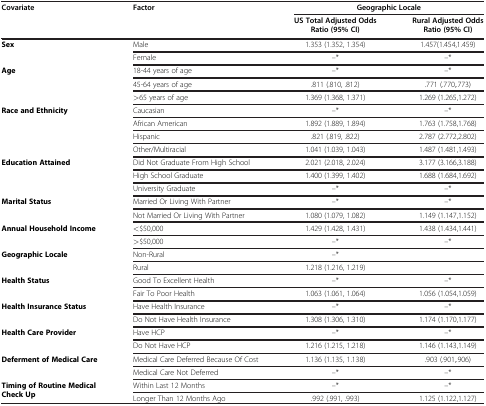
<table><thead><tr><td><b>Covariate</b></td><td><b>Factor</b></td><td><b>Geographic Locale</b></td><td><b> </b></td></tr><tr><td><b> </b></td><td><b> </b></td><td><b>US Total Adjusted Odds Ratio (95% CI)</b></td><td><b>Rural Adjusted Odds Ratio (95% CI)</b></td></tr></thead><tbody><tr><td><b>Sex</b></td><td>Male</td><td>1.353 (1.352, 1.354)</td><td>1.457(1.454,1.459)</td></tr><tr><td> </td><td>Female</td><td>--*</td><td>--*</td></tr><tr><td><b>Age</b></td><td>18-44 years of age</td><td>--*</td><td>--*</td></tr><tr><td> </td><td>45-64 years of age</td><td>.811 (.810, .812)</td><td>.771 (.770,.773)</td></tr><tr><td> </td><td><underline>&gt;</underline>65 years of age</td><td>1.369 (1.368, 1.371)</td><td>1.269 (1.265,1.272)</td></tr><tr><td><b>Race and Ethnicity</b></td><td>Caucasian</td><td>--*</td><td>--*</td></tr><tr><td> </td><td>African American</td><td>1.892 (1.889, 1.894)</td><td>1.763 (1.758,1.768)</td></tr><tr><td> </td><td>Hispanic</td><td>.821 (.819, .822)</td><td>2.787 (2.772,2.802)</td></tr><tr><td> </td><td>Other/Multiracial</td><td>1.041 (1.039, 1.043)</td><td>1.487 (1.481,1.493)</td></tr><tr><td><b>Education Attained</b></td><td>Did Not Graduate From High School</td><td>2.021 (2.018, 2.024)</td><td>3.177 (3.166,3.188)</td></tr><tr><td> </td><td>High School Graduate</td><td>1.400 (1.399, 1.402)</td><td>1.688 (1.684,1.692)</td></tr><tr><td> </td><td>University Graduate</td><td>--*</td><td>--*</td></tr><tr><td><b>Marital Status</b></td><td>Married Or Living With Partner</td><td>--*</td><td>--*</td></tr><tr><td> </td><td>Not Married Or Living With Partner</td><td>1.080 (1.079, 1.082)</td><td>1.149 (1.147,1.152)</td></tr><tr><td><b>Annual Household Income</b></td><td>&lt;$50,000</td><td>1.429 (1.428, 1.431)</td><td>1.438 (1.434,1.441)</td></tr><tr><td> </td><td><underline>&gt;</underline>$50,000</td><td>--*</td><td>--*</td></tr><tr><td><b>Geographic Locale</b></td><td>Non-Rural</td><td>--*</td><td> </td></tr><tr><td> </td><td>Rural</td><td>1.218 (1.216, 1.219)</td><td> </td></tr><tr><td><b>Health Status</b></td><td>Good To Excellent Health</td><td>--*</td><td>--*</td></tr><tr><td> </td><td>Fair To Poor Health</td><td>1.063 (1.061, 1.064)</td><td>1.056 (1.054,1.059)</td></tr><tr><td><b>Health Insurance Status</b></td><td>Have Health Insurance</td><td>--*</td><td>--*</td></tr><tr><td> </td><td>Do Not Have Health Insurance</td><td>1.308 (1.306, 1.310)</td><td>1.174 (1.170,1.177)</td></tr><tr><td><b>Health Care Provider</b></td><td>Have HCP</td><td>--*</td><td>--*</td></tr><tr><td> </td><td>Do Not Have HCP</td><td>1.216 (1.215, 1.218)</td><td>1.146 (1.143,1.149)</td></tr><tr><td><b>Deferment of Medical Care</b></td><td>Medical Care Deferred Because Of Cost</td><td>1.136 (1.135, 1.138)</td><td>.903 (.901,.906)</td></tr><tr><td> </td><td>Medical Care Not Deferred</td><td>--*</td><td>--*</td></tr><tr><td><b>Timing of Routine Medical Check Up</b></td><td>Within Last 12 Months</td><td>--*</td><td>--*</td></tr><tr><td> </td><td>Longer Than 12 Months Ago</td><td>.992 (.991, .993)</td><td>1.125 (1.122,1.127)</td></tr></tbody></table>